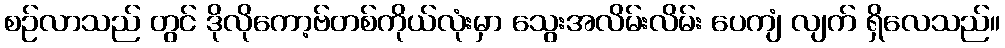
စဉ်လာသည် တွင် ဒိုလိုကော့ဗ်တစ်ကိုယ်လုံးမှာ သွေးအလိမ်းလိမ်း ပေကျံ လျက် ရှိလေသည်။